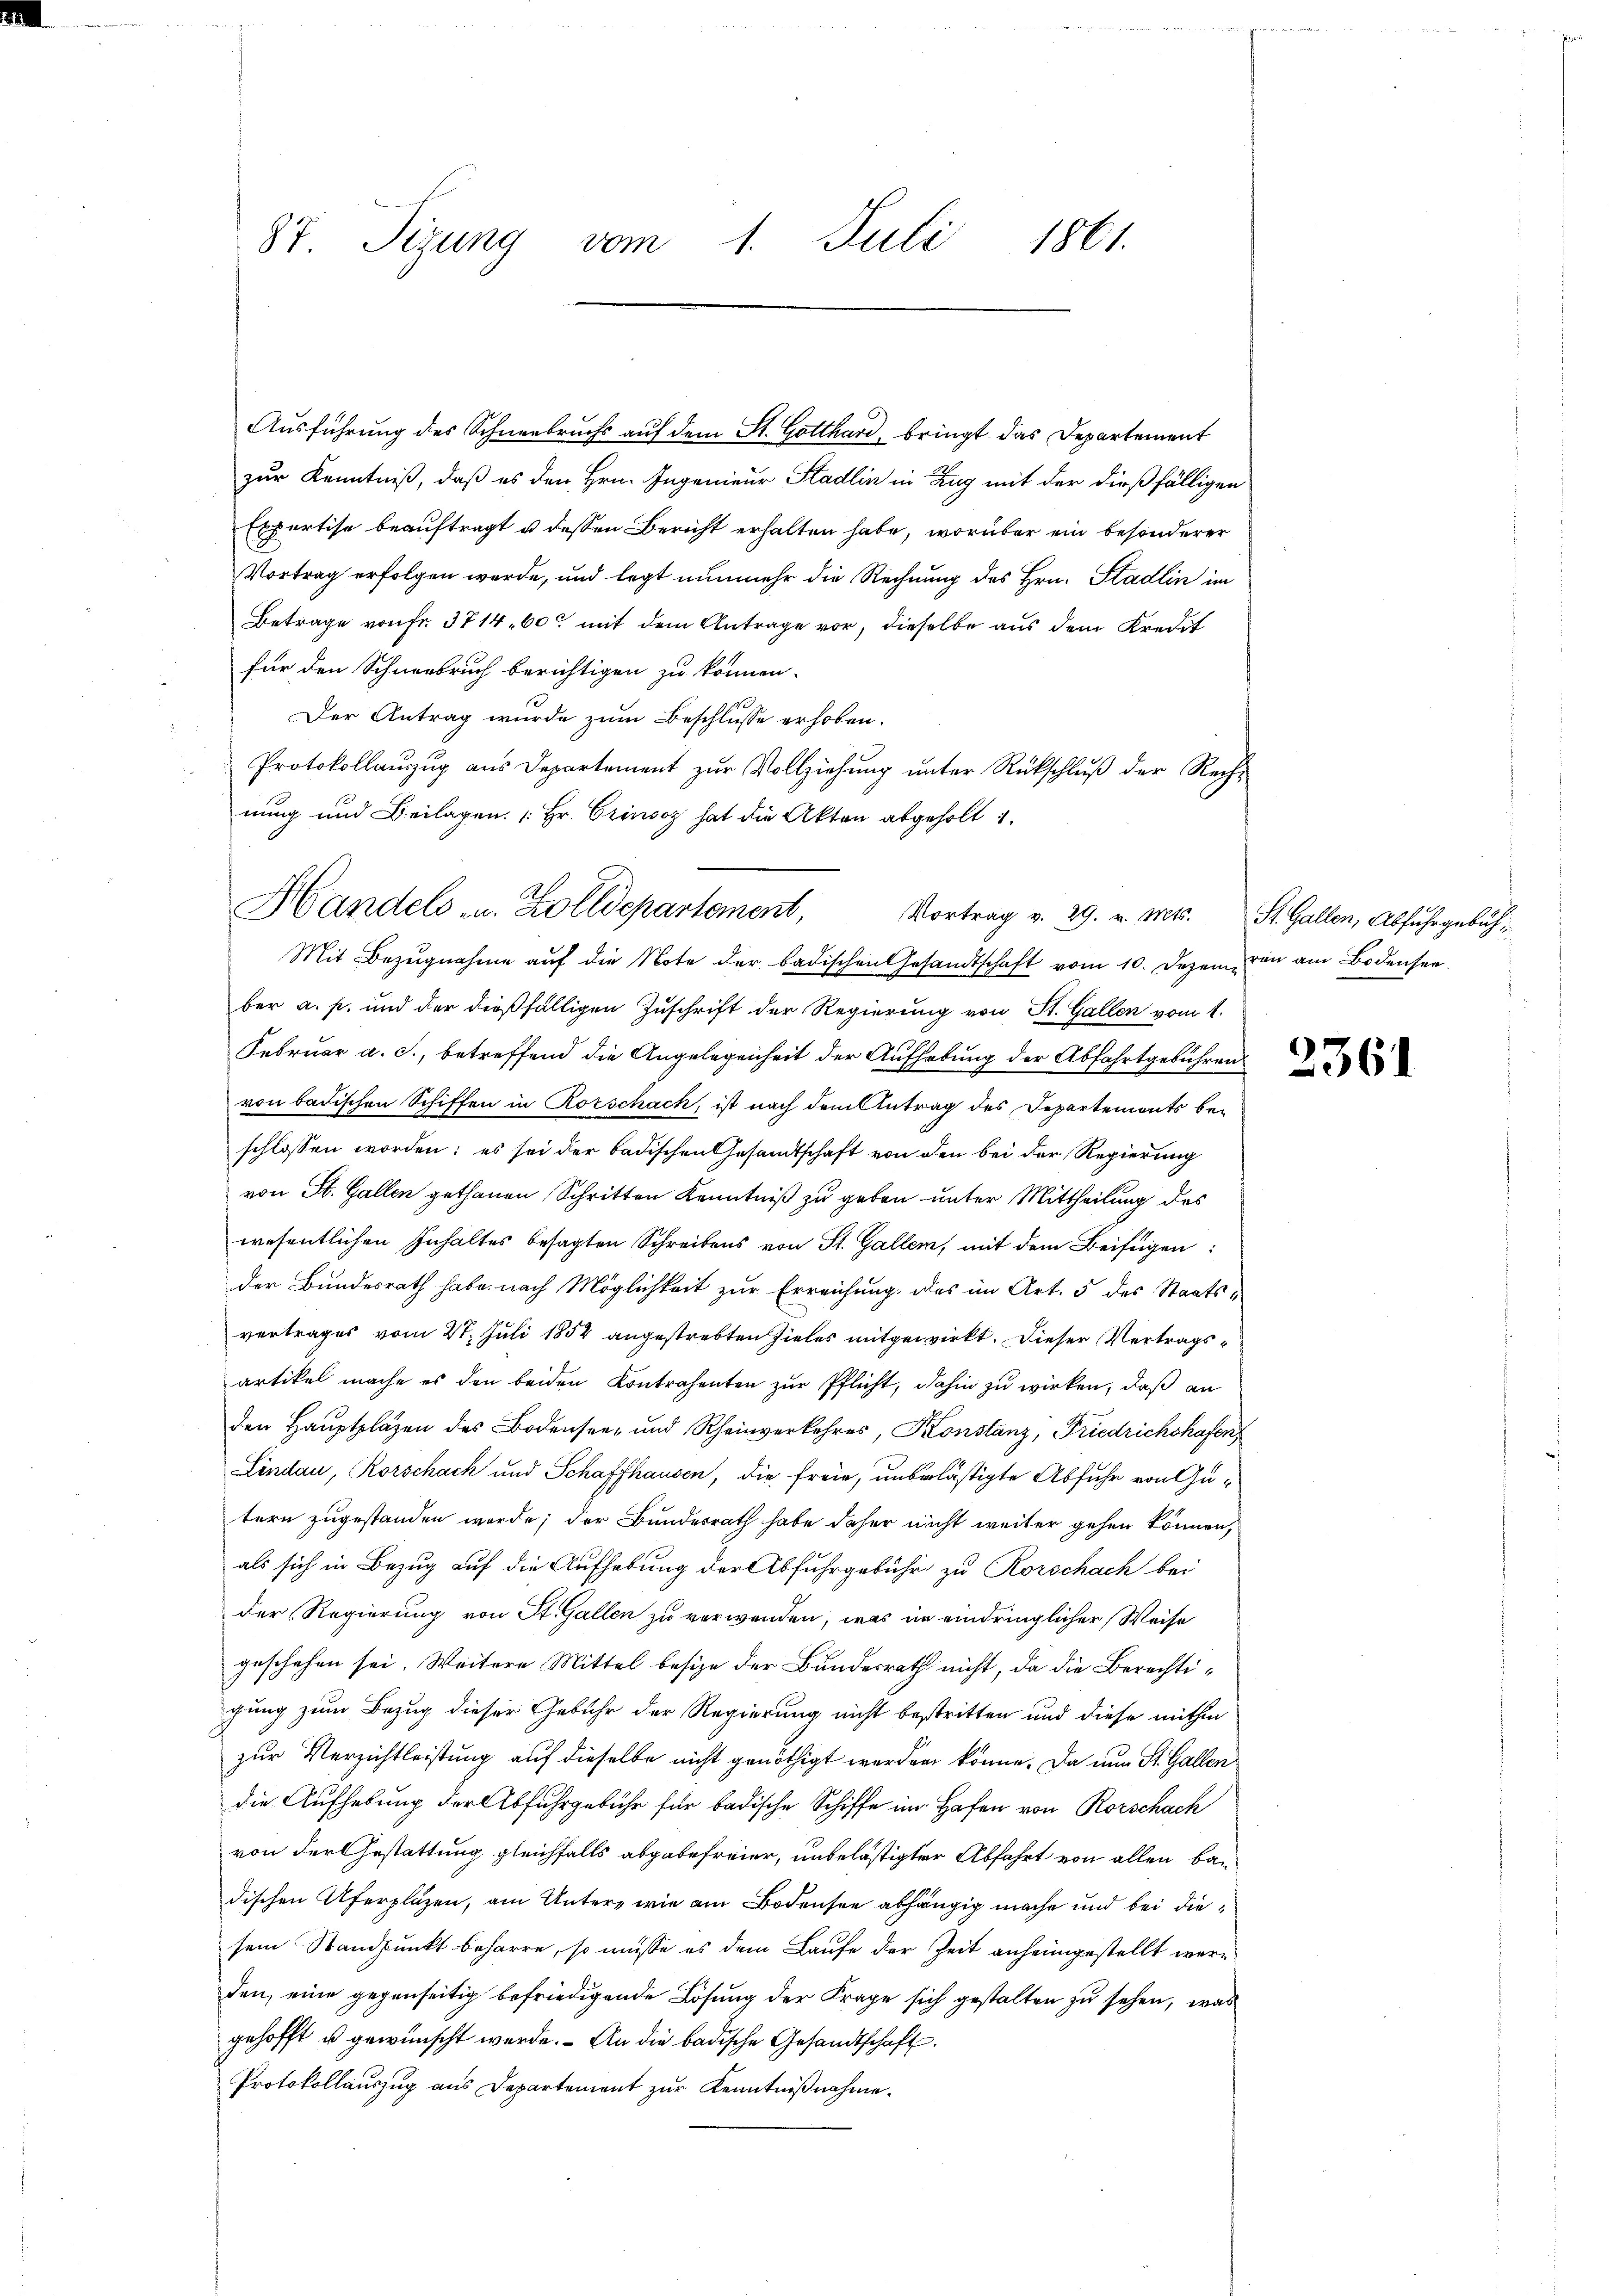
87 Tizung vom 1. Juli 1861.

Ausführung des Schneebruchs auf dem St. Gotthard, bringt das Departement
zur Kenntniß, daß es den Hrn. Ingenieur Stadlin in Zug mit der dießfälligen
Expertise beauftragt u. dessen Bericht erhalten habe, worüber ein besonderer
Vortrag erfolgen werde, und legt nunmehr die Rechnung des Hrn. Stadlin im
Betrage von Fr. 3714, 60 mit dem Antrage vor, dieselbe aus dem Kredit
für den Schneebruch berichtigen zu können.
Der Antrag wurde zum Beschlusse erhoben.
Protokollaŭszŭg aŭs Departement zŭr Vollziehŭng ŭnter Rückschlŭβ der Rech-
nung und Beilagen. [Hr. Grinsoz hat die Akten abgeholt i
Mit Bezŭgnahme aŭf die Note der badischen Gesandtschaft vom 10. Dezem von am Bodenser
ber a. p. und der dießfälligen Zuschrift der Regierung von St. Gallen vom 1.
Februar a. c., betreffend die Angelegenheit der Aufhebung der Abfahrtgebühren
von badischen Schiffen in Rorschack, ist nach dem Antrag des Departemonts beschlossen worden; es sei der badischen Gesandtschaft von den bei der Regierung
von St. Gallen gethanen Schritten Kenntniß zu geben unter Mittheilung des
wesentlichen Inhaltes besagten Schreibens von St. Gallem, mit dem Beifügen
der Bundesrath habe nach Möglichkeit zur Erreichung, das im Art. 5 des Staatsvertrages vom 27. Juli 1854 angestrebten Zieles mitgewirkt. Dieser Vertragsartikel mache es den beiden Kontrahenten zur Pflicht, dahin zu wirken, daß an
den Hauptpläzen des Bodensee- und Rheinverkehres, Konstanz, Friedrichshafen
Lindau, Rorschach und Schaffhausen, die freie, unbelästigte Abfuhr von Gutern zugestanden werde; der Bundesrath habe daher nicht weiter gehen können,
als sich in Bezug auf die Aufhebung der Abfuhrgebühr zu Rorschach bei
der Regierung von St. Gallen zu verwenden, was in eindringlicher Weise
geschehen sei. Weitere Mittel besize der Bundesrath nicht, da die Berechtichung zum Bezug dieser Gebühr der Regierung nicht bestritten und diese mithin
zur Verzichtleistung auf dieselbe nicht genöthigt werden könne. Da nun St. Gallen
die Aufhebung der Abfuhrgebühr für badische Schiffe im Hafen von Rorschach
von der Gestattung gleichfalls abgabefreier, unbelästigter Abfahrt von allen ban
dischen Uferpläzen, am Unter, wie am Bodensee abhängig mache und bei diesein Standpunkt beharre, so müsse es dem Laufe der Zeit anheimgestellt werden, eine gegenseitig befriedigende Lösung der Frage sich gestalten zu sehen, was
gehofft u gewünscht werde. An die badische Gesandtschaft.
Protokollauszug aus Departement zur Kenntnißnahme.

Handels u. Zolldepartement, Vortrag v. 29. v. Mts. St. Gallen, Abfuhrgebüh¬

2361